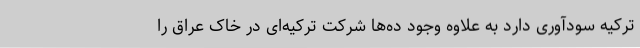
ترکیه سودآوری دارد به علاوه وجود ده‌ها شرکت ترکیه‌ای در خاک عراق را